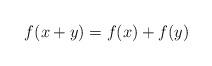
LaTeX: \begin{align*}f(x+y)=f(x)+f(y)\end{align*}